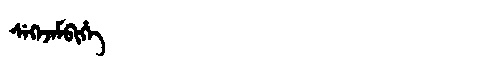
Manchu: ᠰᡝᡴᡝᠵᡝᠮᠪᡳᡥᡝ
Romanization: SEKEJEMBIHE